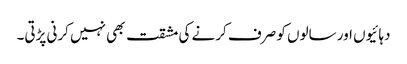
دہائیوں اور سالوں کو صرف کرنے کی مشقت بھی نہیں کرنی پڑتی۔